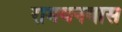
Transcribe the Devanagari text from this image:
रामवनवास